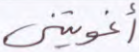
أغويتني